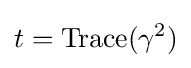
t=\mathrm {Trace} (\gamma ^{2})